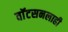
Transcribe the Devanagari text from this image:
वाॅटसनलाही